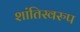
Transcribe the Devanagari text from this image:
शांतिस्वरुप